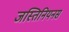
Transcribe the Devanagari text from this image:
जस्तिनियनस